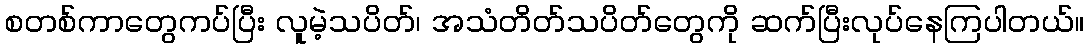
စတစ်ကာတွေကပ်ပြီး လူမဲ့သပိတ်၊ အသံတိတ်သပိတ်တွေကို ဆက်ပြီးလုပ်နေကြပါတယ်။